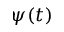
\psi ( t )